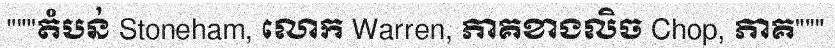
"""តំបន់ Stoneham, លោក Warren, ភាគខាងលិច Chop, ភាគ"""